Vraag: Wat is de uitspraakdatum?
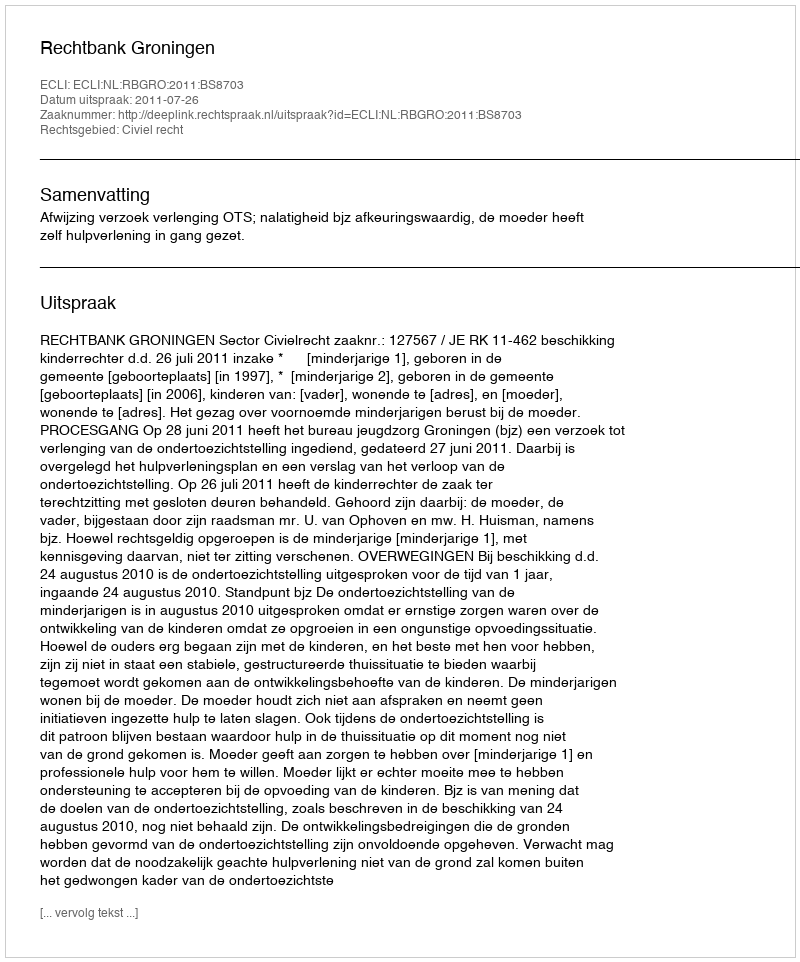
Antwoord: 2011-07-26